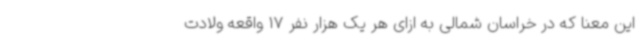
این معنا که در خراسان شمالی به ازای هر یک هزار نفر 17 واقعه ولادت